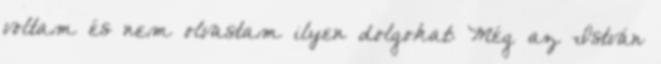
voltam és nem olvastam ilyen dolgokat: Még az István